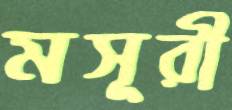
মসূরী